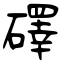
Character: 礋